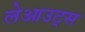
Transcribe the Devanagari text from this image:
लेआउट्स